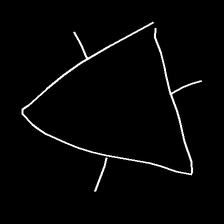
Glyph: fire